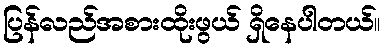
ပြန်လည်အစားထိုးဖွယ် ရှိနေပါတယ်။